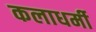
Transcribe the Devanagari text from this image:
कलाधर्मी